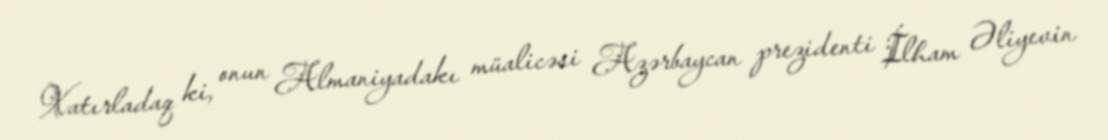
Xatırladaq ki, onun Almaniyadakı müalicəsi Azərbaycan prezidenti İlham Əliyevin